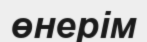
өнерім